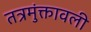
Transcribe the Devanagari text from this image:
तत्रमुंक्तावली